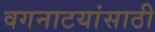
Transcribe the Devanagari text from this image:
वगनाटयांसाठी